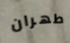
طهران